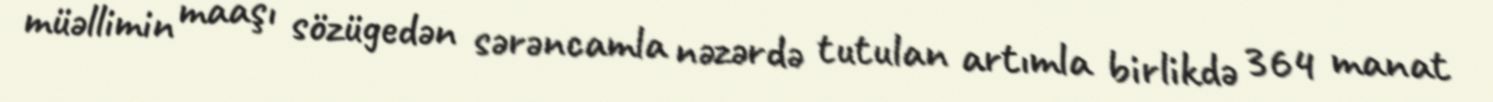
müəllimin maaşı sözügedən sərəncamla nəzərdə tutulan artımla birlikdə 364 manat